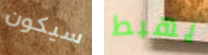
سيكون يهبط